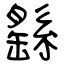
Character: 繇